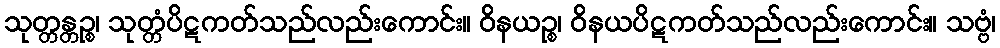
သုတ္တန္တဉ္စ၊ သုတ္တံပိဋကတ်သည်လည်းကောင်း။ ဝိနယဉ္စ၊ ဝိနယပိဋကတ်သည်လည်းကောင်း။ သဗ္ဗံ၊